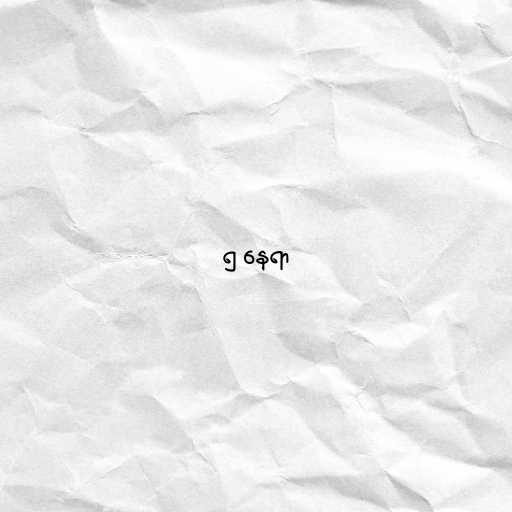
၅ နေရာ